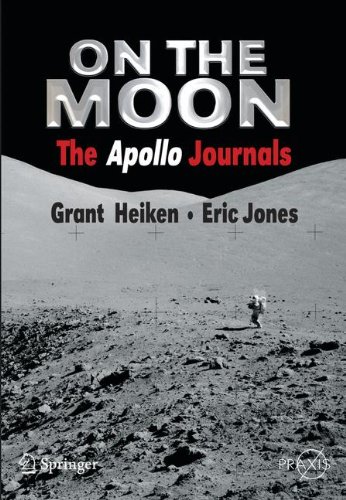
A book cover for On the Moon: The Apollo Journals (Springer Praxis Books / Space Exploration); Grant Heiken; Science & Math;